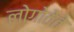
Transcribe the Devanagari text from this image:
लोगोठेते